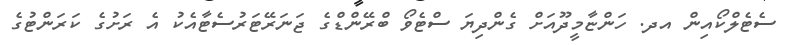
ސެޓެލްކޯއިން އދ. ހަންޏާމީދޫއަށް ގެންދިޔަ ސްޓެވޯ ބްރޭންޑްގެ ޖަނަރޭޓަރުސެޓާއެކު އެ ރަށުގެ ކަރަންޓުގެ